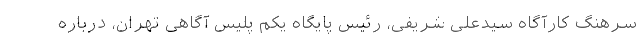
سرهنگ کارآگاه سیدعلی شریفی، رئیس پایگاه یکم پلیس آگاهی تهران، درباره